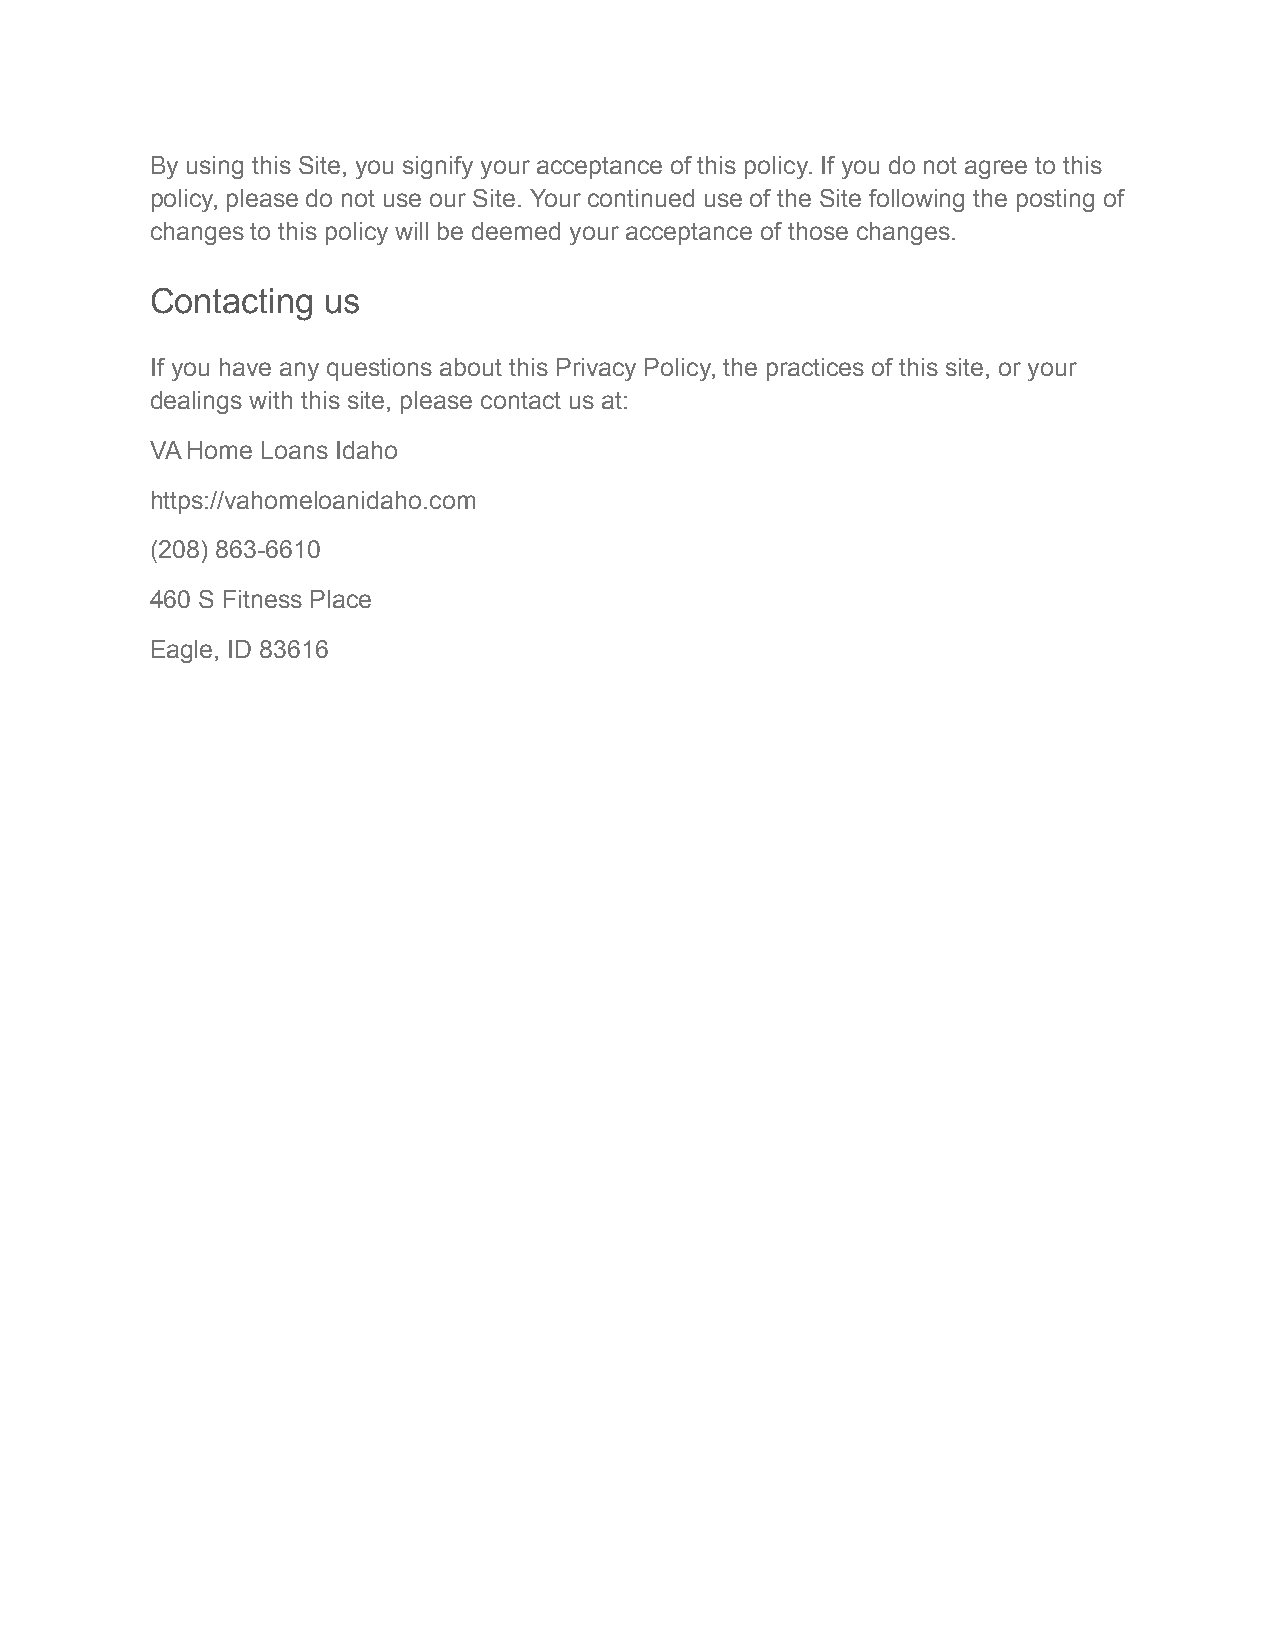
By using this Site, you signify your acceptance of this policy. If you do not agree to this
 policy, please do not use our Site. Your continued use of the Site following the posting of
 changes to this policy will be deemed your acceptance of those changes.
 Contacting us
 If you have any questions about this Privacy Policy, the practices of this site, or your
 dealings with this site, please contact us at:
 VA Home Loans Idaho
 https://vahomeloanidaho.com
 (208) 863-6610
 460 S Fitness Place
 Eagle, ID 83616